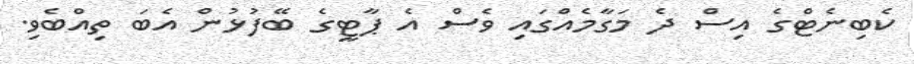
ކެބިނެޓްގެ އިސް ދެ މަގާމެއްގައި ވެސް އެ ޕާޓީގެ ބޭފުޅުން އެބަ ތިއްބެވި.